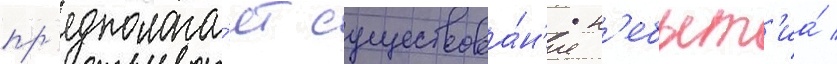
пр'едполага́ет существова́н'ие н'ебыт'иа́ /